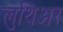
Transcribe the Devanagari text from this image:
लुथिअर